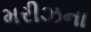
મરીઝના